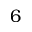
6